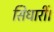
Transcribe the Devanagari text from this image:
सिधारीं।